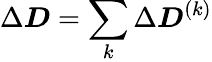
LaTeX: \Delta\boldsymbol{D}=\sum_{k}\Delta\boldsymbol{D}^{(k)}